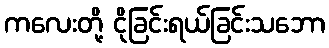
ကလေးတို့ ငိုခြင်းရယ်ခြင်းသဘော